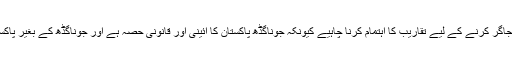
اس حوالے سے ملک بھر کے محب وطن پاکستانیوں کو بھی مسئلے کو اجاگر کرنے کے لیے تقاریب کا اہتمام کرنا چاہیے کیونکہ جوناگڈھ پاکستان کا آئینی اور قانونی حصہ ہے اور جوناگڈھ کے بغیر پاکستان کی تکمیل ممکن نہیں ہے. جوناگڈھ پاکستان کا ایک نامکمل باب ہے۔